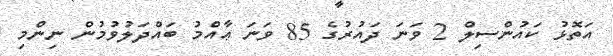
އަތޮޅު ކައުންސިލް 2 ވަނަ ދައުރުގެ 85 ވަނަ ޢާއްމު ބައްދަލުވުމުން ނިންމި